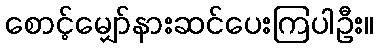
စောင့်မျှော်နားဆင်ပေးကြပါဦး။